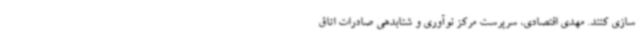
سازی کنند. مهدی اقتصادی، سرپرست مرکز نوآوری و شتابدهی صادرات اتاق